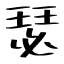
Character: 瑟